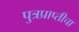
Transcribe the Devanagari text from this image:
पु्त्रप्राप्तीचा